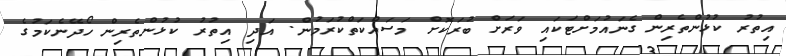
އިތުރު ކުޅުންތެރިން ގެނައުމަށްޓަކައި ވަރަށް ބުރަކޮށް މަސައްކަތްކުރަމުން. އަދި އިތުރު ކުޅުންތެރިން ހޯދޭނެކަމުގެ